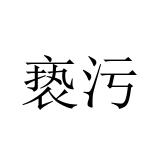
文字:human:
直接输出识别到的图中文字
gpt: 亵污